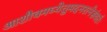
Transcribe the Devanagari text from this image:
आशौचमध्येतुमदनरत्नेसंवर्तः